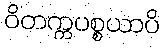
ဝိတက္ကပစ္စယာပိ